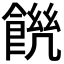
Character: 𩜆